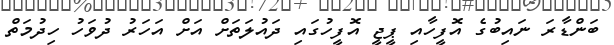
ބަންޑާރަ ނައިބުގެ އޮފީހާއި ޕީޖީ އޮފީހުގައި ދައުލަތަށް އަށް އަހަރު ދުވަހު ހިދުމަތް